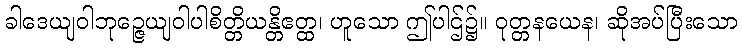
ခါဒေယျဝါဘုဉ္ဇေယျဝါပါစိတ္တိယန္တိဧတ္ထ၊ ဟူသော ဤပါဌ်၌။ ဝုတ္တနယေန၊ ဆိုအပ်ပြီးသော